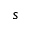
s